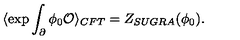
\langle \exp \int _ { \partial } \phi _ { 0 } { \cal O } \rangle _ { C F T } = Z _ { S U G R A } ( \phi _ { 0 } ) .